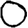
Digit: 0